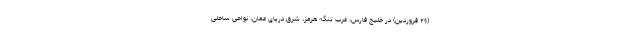
(۲۶ فروردین) در خلیج فارس، غرب تنگه هرمز، شرق دریای عمان، نواحی ساحلی